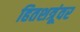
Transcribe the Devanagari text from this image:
हितशत्रूंवर